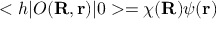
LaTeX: < h | O ( { \bf R } , { \bf r } ) | 0 > = \chi ( { \bf R } ) \psi ( { \bf r } )